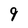
Character: 9